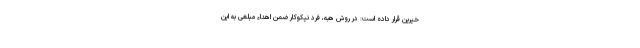
خیرین قرار داده است: در روش هبه، فرد نیکوکار ضمن اهداء مبلغی به این